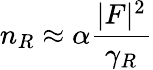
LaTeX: n_{R}\approx\alpha\frac{|F|^{2}}{\gamma_{R}}